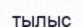
тылыс